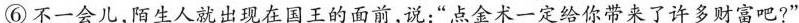
⑥不一会儿，陌生人就出现在国王的面前，说：”点金术一定给你带来了许多财富吧?”